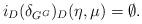
LaTeX: \begin{align*}i_D(\delta_{G^G})_D(\eta, \mu) = \emptyset.\end{align*}